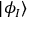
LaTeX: | \phi _ { I } \rangle